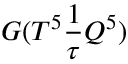
G ( T ^ { 5 } \frac { 1 } { \tau } Q ^ { 5 } )